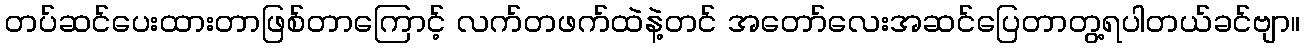
တပ်ဆင်ပေးထားတာဖြစ်တာကြောင့် လက်တဖက်ထဲနဲ့တင် အတော်လေးအဆင်ပြေတာတွ့ရပါတယ်ခင်ဗျာ။